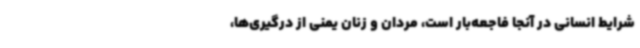
شرایط انسانی در آنجا فاجعه‌بار است، مردان و زنان یمنی از درگیری‌ها،